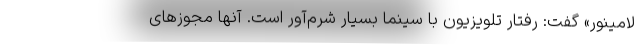
لامینور» گفت: رفتار تلویزیون با سینما بسیار شرم‌آور است. آنها مجوزهای